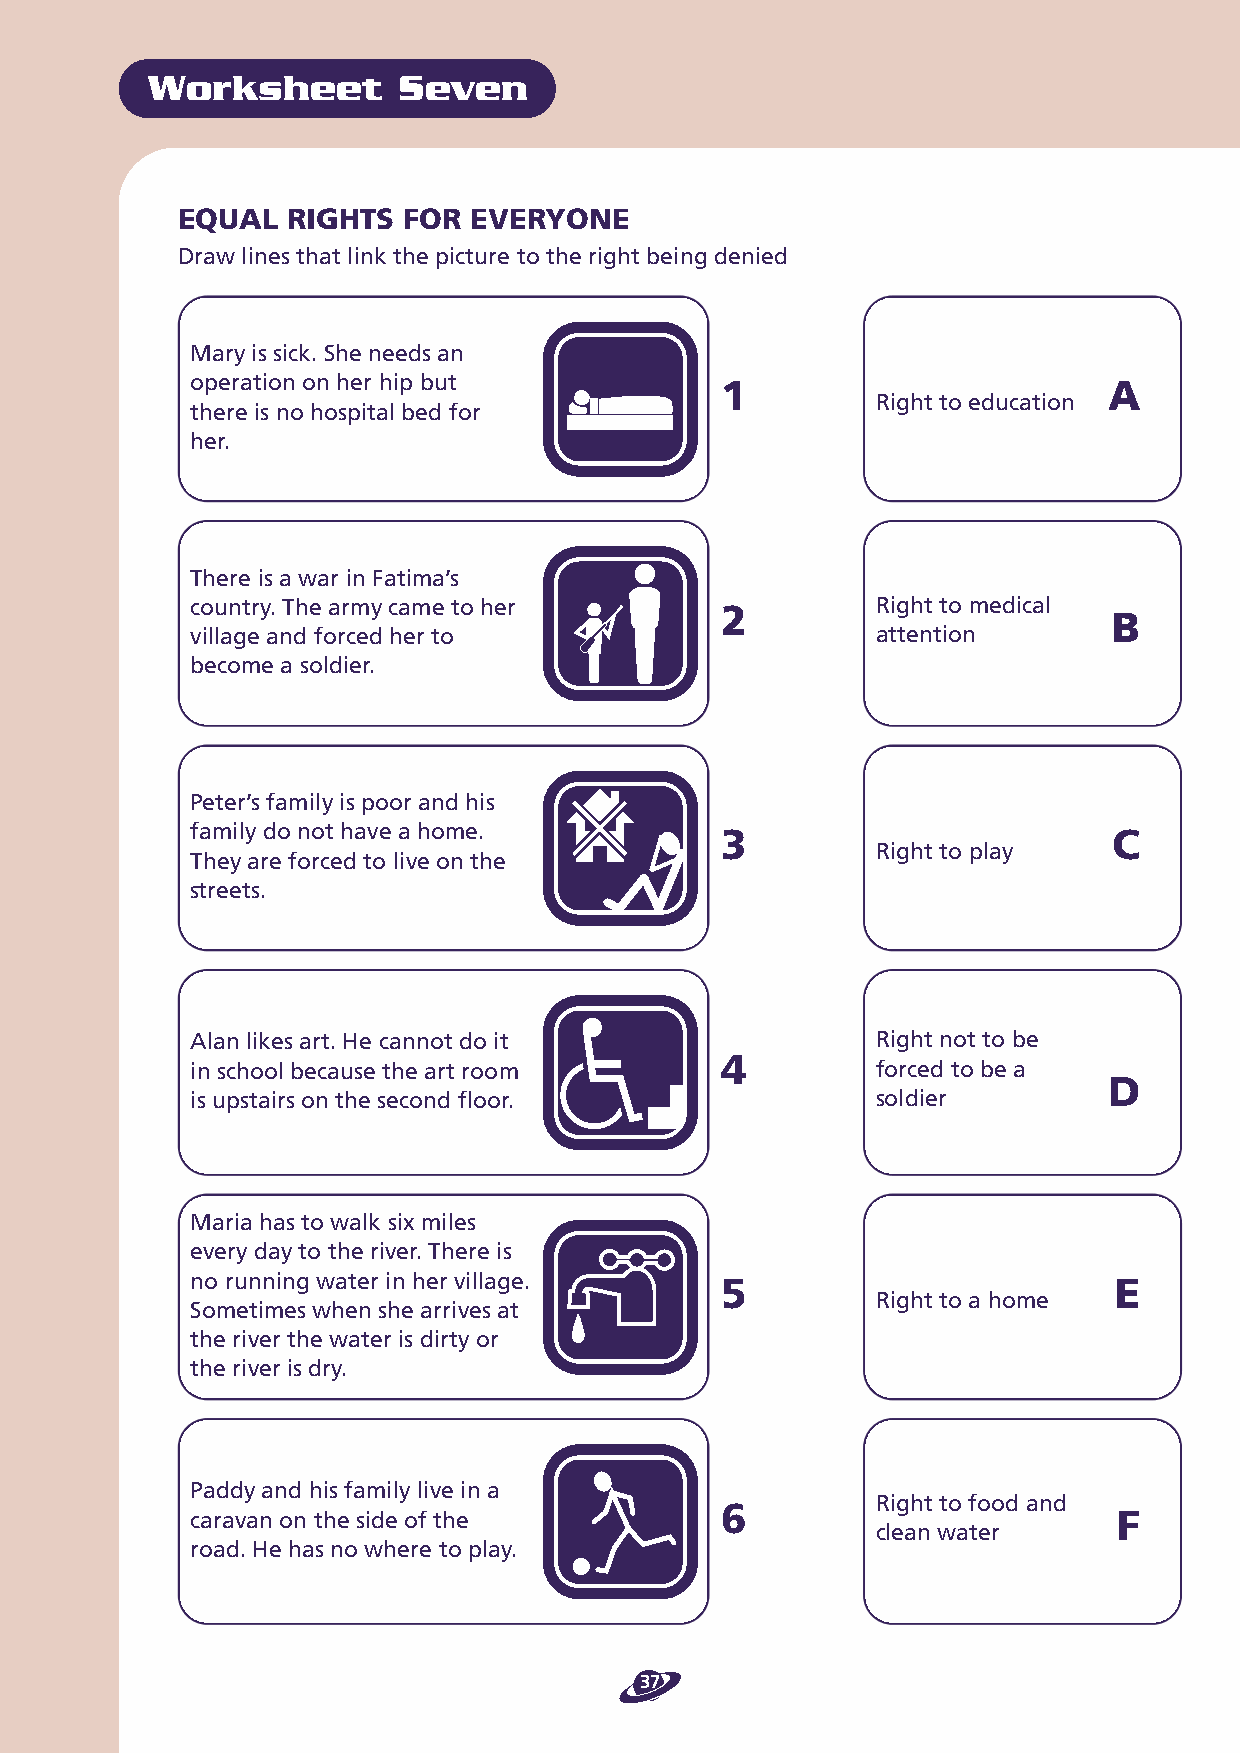
Worksheet       Seven
 EQUAL  RIGHTS  FOR EVERYONE
 Draw lines that link the picture to the right being denied
 Mary is sick. She needs an
 operation on her hip but           1                        A
 Right to education
 there is no hospital bed for
 her.
 There is a war in Fatima’s
 country. The army came to her      2         Right to medical
 B
 village and forced her to                    attention
 become a soldier.
 Peter’s family is poor and his
 family do not have a home.         3                         C
 Right to play
 They are forced to live on the
 streets.
 Alan likes art. He cannot do it              Right not to be
 4
 in school because the art room               forced to be a
 D
 is upstairs on the second floor.             soldier
 Maria has to walk six miles
 every day to the river. There is
 no running water in her village.   5                         E
 Right to a home
 Sometimes when she arrives at
 the river the water is dirty or
 the river is dry.
 Paddy and his family live in a
 Right to food and
 6
 caravan on the side of the                                   F
 clean water
 road. He has no where to play.
 37